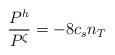
LaTeX: \begin{align*}{\frac{P^{h}}{P^{\zeta }}=-8}c_{s}n_{T} \end{align*}